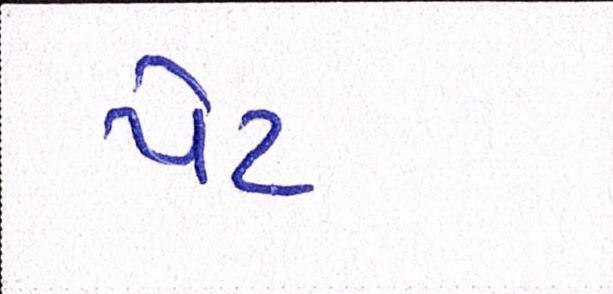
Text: પેટ